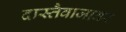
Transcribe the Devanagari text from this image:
दास्तैवाजावर